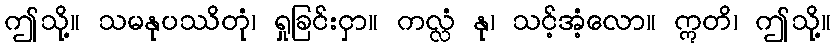
ဤသို့။ သမနုပဿိတုံ၊ ရှုခြင်းငှာ။ ကလ္လံ နု၊ သင့်အံ့လော။ ဣတိ၊ ဤသို့။